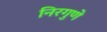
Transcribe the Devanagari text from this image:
निरगुणे